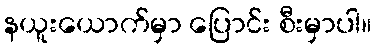
နယူးယောက်မှာ ပြောင်း စီးမှာပါ။